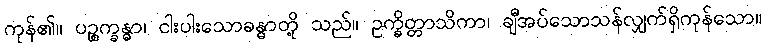
ကုန်၏။ ပဉ္စက္ခန္ဓာ၊ ငါးပါးသောခန္ဓာတို့ သည်။ ဥက္ခိတ္တာသိကာ၊ ချီအပ်သောသန်လျှက်ရှိကုန်သော။